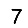
Digit: 7